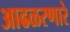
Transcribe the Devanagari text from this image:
आढळरणारे